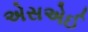
એસએઈ